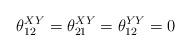
LaTeX: \begin{align*} \theta^{XY}_{12} = \theta^{XY}_{21} = \theta^{YY}_{12} = 0\end{align*}